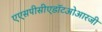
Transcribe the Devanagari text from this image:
एएसपीसीएडॉटओआरजी